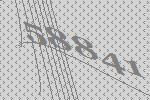
58841